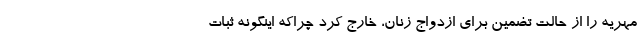
مهریه را از حالت تضمین برای ازدواج زنان، خارج کرد چراکه اینگونه ثبات